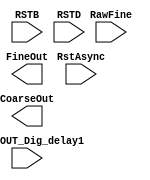
module DigitalCore_TDCCntrFlops(
        
        //---------------------------------------------------------------------------
        //  Inputs
        //---------------------------------------------------------------------------
	RawFine,
        RstAsync,

	RSTB,
	RSTD,
	INIT_OUT_Dig_delay1,
        //---------------------------------------------------------------------------        

        //---------------------------------------------------------------------------
        //  Outputs
        //---------------------------------------------------------------------------
	FineOut,
	CoarseOut
        //---------------------------------------------------------------------------
    );

	genvar i;

	parameter NumberOfFineSamplers = 8;
	parameter NumberOfCoarseSamplers = 7;

    //-----------------------------------------------------------------------------------
    //   I/O Wires
    //-----------------------------------------------------------------------------------
    input wire                                  		RstAsync;
    input wire							RSTD, RSTB;
    input wire							INIT_OUT_Dig_delay1;
		
    input wire		[NumberOfFineSamplers-1:0]              RawFine;

    output wire		[NumberOfFineSamplers-1:0]              FineOut;
    output wire		[NumberOfCoarseSamplers-1:0]		CoarseOut;


//    //-----------------------------------------------------------------------------------
//    //   Wires
//    //-----------------------------------------------------------------------------------
//    wire INIT_OUT_Dig_delay1_buff, INIT_OUT_Dig_delay1_del;
//	wire PulseReset_del, CntrRst, CntrClkGated;

//    wire 		[NumberOfCoarseSamplers-1:0]		RawCoarse;
//    wire 		[NumberOfCoarseSamplers-1:0]		CntrFlopQN;
//    wire        [3:0] INIT_OUT_Dig_delay1_del_int; // For delaying

//    //-----------------------------------------------------------------------------------
//    //  Coarse Counter
//    //-----------------------------------------------------------------------------------
//    AN2LVTD1		CntrClkGating_DT	(.A1(RawFine[6]), .A2(RSTB), .Z(CntrClkGated));

//	wire			CntrRst_Pulse, RSTD_del;

//    assign #(0.5) RSTD_del = RSTD;
//	//DELLVT0			CntrRstDel0_DT		(.I(RSTD), .Z(RSTD_del));
//    AN2LVTD1		CntreRstPulse_DT	(.A1(RSTB), .A2(RSTD_del), .Z(CntrRst_Pulse));

//	NR2LVTD4		CntrRstGen_DT		(.A1(CntrRst_Pulse), .A2(RstAsync), .ZN(CntrRst));

//    //Async Counter
//	INVLVTD0	CntrInv_DT	(.I(RawCoarse[0]), .ZN(CntrFlopQN[0]));
//	DFCNQLVTD1	CntrFlop0_DT	(.D(CntrFlopQN[0]), .CP(CntrClkGated), .CDN(CntrRst), .Q(RawCoarse[0]));

//	generate for (i = 1; i < NumberOfCoarseSamplers; i = i + 1) begin : CoarseCntr_DT
//		DFNCNLVTD1	CntrFlops_DT	(.D(CntrFlopQN[i]), .CPN(RawCoarse[i-1]), .CDN(CntrRst), .Q(RawCoarse[i]), .QN(CntrFlopQN[i]));
//	end endgenerate

//    //-----------------------------------------------------------------------------------
//    //  Sampling Flops
//    //-----------------------------------------------------------------------------------
//	generate for (i = 0; i < NumberOfFineSamplers; i = i + 1) begin : TDC_FineSampler_DT
//		DFNCNLVTD1	FineFlops_DT	(.D(RawFine[i]), .CPN(INIT_OUT_Dig_delay1), .CDN(~RstAsync), .Q(FineOut[i]), .QN());
//	end endgenerate

//    assign #(0.5) INIT_OUT_Dig_delay1_del_int[0] = INIT_OUT_Dig_delay1;
//    assign #(0.5) INIT_OUT_Dig_delay1_del_int[1] = INIT_OUT_Dig_delay1_del_int[0];
//    assign #(0.5) INIT_OUT_Dig_delay1_del_int[2] = INIT_OUT_Dig_delay1_del_int[1];
//    assign #(0.5) INIT_OUT_Dig_delay1_del_int[3] = INIT_OUT_Dig_delay1_del_int[2];
//    assign #(0.5) INIT_OUT_Dig_delay1_del = INIT_OUT_Dig_delay1_del_int[3];
//	//DELLVT1			SamplingClkGenDel_DT	(.I(INIT_OUT_Dig_delay1), .Z(INIT_OUT_Dig_delay1_del));
//	BUFFLVTD3		SamplingClkGenBuff_DT	(.I(INIT_OUT_Dig_delay1_del), .Z(INIT_OUT_Dig_delay1_buff));

//	generate for (i = 0; i < NumberOfCoarseSamplers; i = i + 1) begin : TDC_CoarseSampler_DT
//		DFNCNLVTD1	CoarseFlops_DT	(.D(RawCoarse[i]), .CPN(INIT_OUT_Dig_delay1_buff), .CDN(~RstAsync), .Q(CoarseOut[i]), .QN());
//	end endgenerate

endmodule